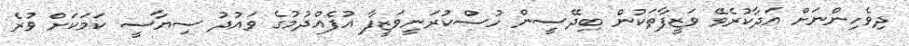
ދިވެހިންނަށް އަދާކުރެވޭ ވަޒީފާތަކުން ބިދޭސީން ހުސްކުރަނީވަޒީފާ އުފެއްދުމުގެ ވައުދު ސިޔާސީ ކަމަކަށް ވުރެ